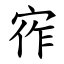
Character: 宱